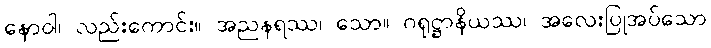
နောဝါ၊ လည်းကောင်း။ အညနရဿ၊ သော။ ဂရုဋ္ဌာနိယဿ၊ အလေးပြုအပ်သော